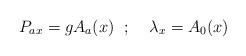
LaTeX: \begin{align*}P_{ax} = g A_a (x) \;\; ; \;\;\;\; \lambda_x = A_0 (x)\end{align*}